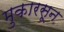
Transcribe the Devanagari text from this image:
मुकारसून